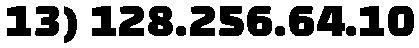
13) 128.256.64.10